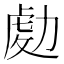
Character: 𠢅